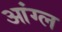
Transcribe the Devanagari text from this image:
आंग्‍ल